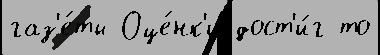
газ'е́ты Оце́нк'и дост'и́г то